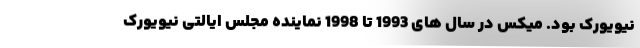
نیویورک بود. میکس در سال های 1993 تا 1998 نماینده مجلس ایالتی نیویورک